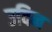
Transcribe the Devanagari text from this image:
उदिन